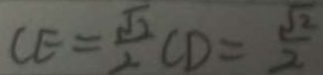
C E = \frac { \sqrt { 2 } } { 2 } C D = \frac { \sqrt { 2 } } { 2 }